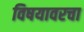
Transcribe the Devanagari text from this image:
विषयावरचा